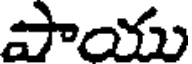
పాయు